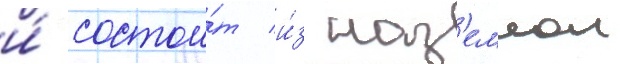
и́ состои́т и́з наз'емнои